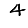
Digit: 4